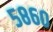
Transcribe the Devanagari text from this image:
५८६०